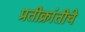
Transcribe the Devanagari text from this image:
प्रतीक्रांतीचे